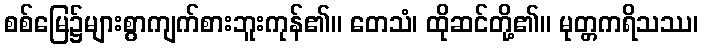
စစ်မြေ၌များစွာကျက်စားဘူးကုန်၏။ တေသံ၊ ထိုဆင်တို့၏။ မုတ္တကရိသဿ၊